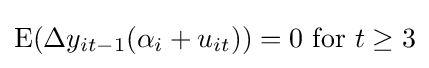
\operatorname {E} (\Delta y_{it-1}(\alpha _{i}+u_{it}))=0{\text{ for }}t\geq 3